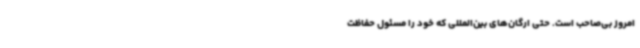
امروز بی‌صاحب است. حتی ارگان‌های بین‌المللی که خود را مسئول حفاظت